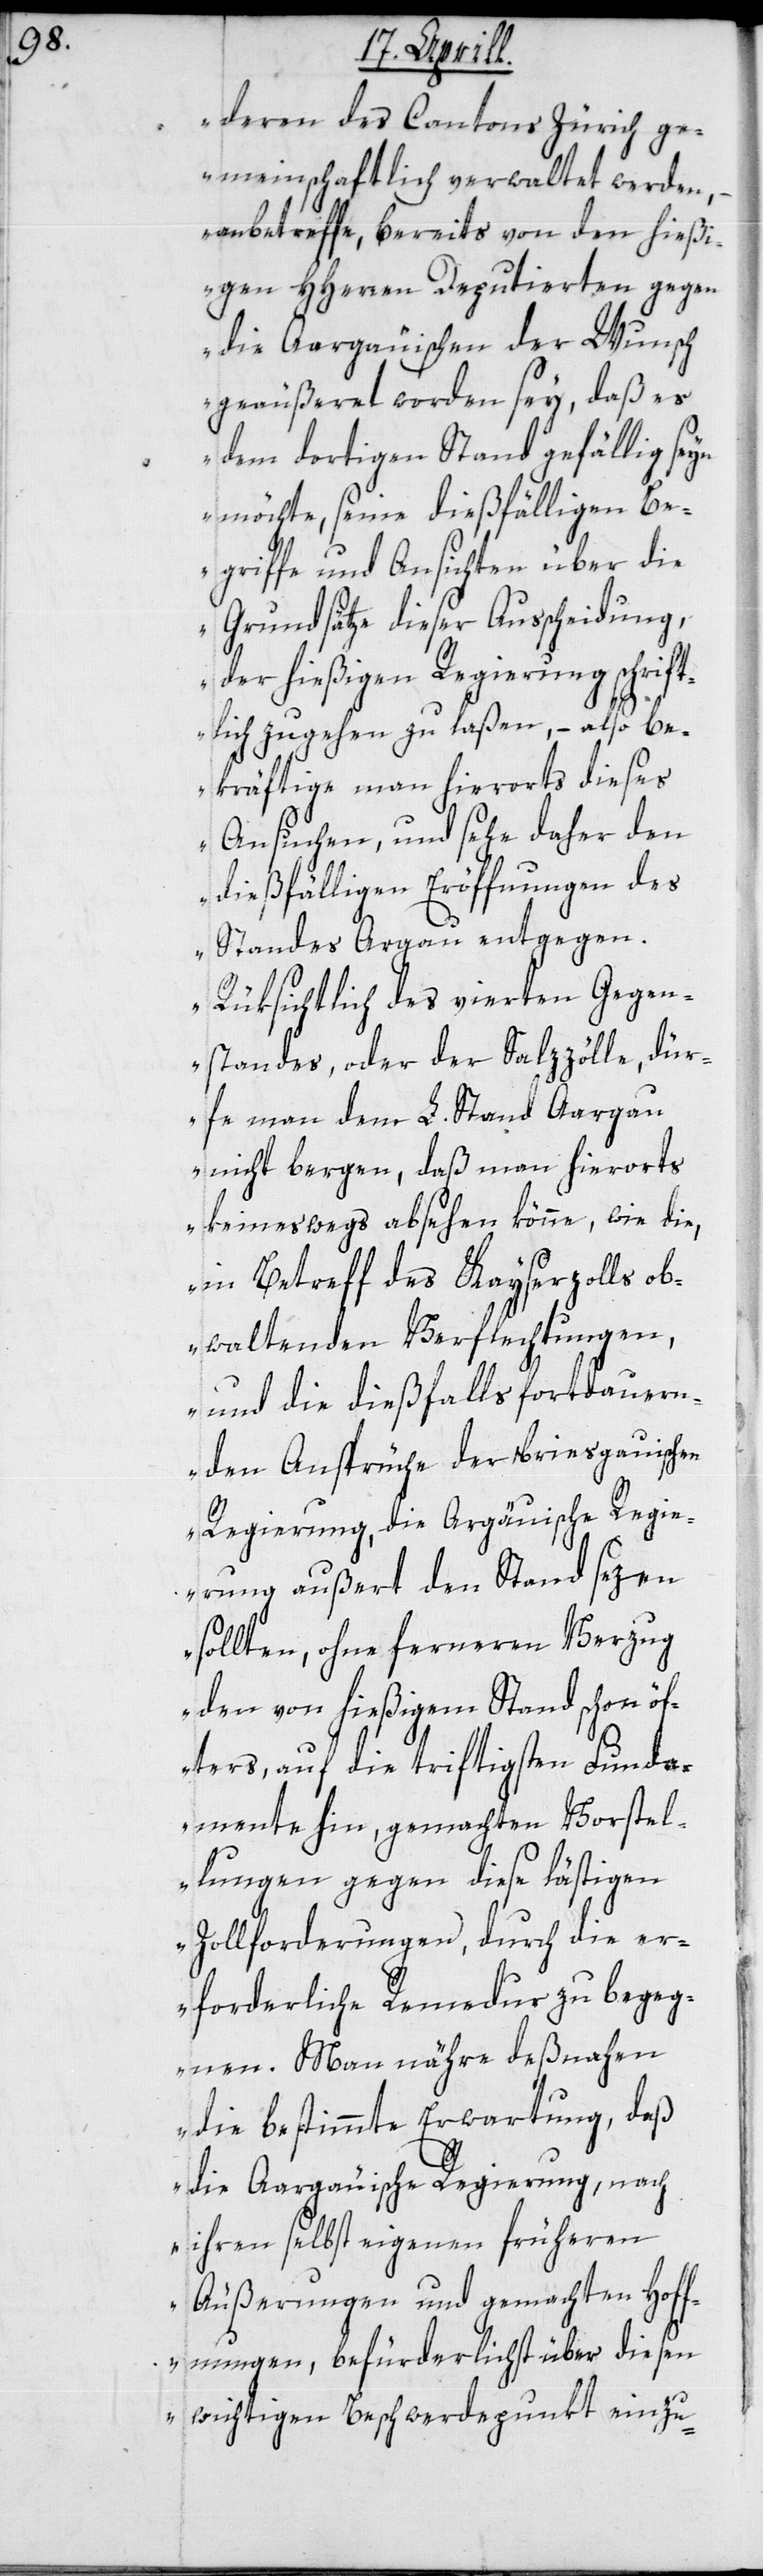
deren des Cantons Zürich ge¬
meinschaftlich verwaltet werden, –
anbetreffe, bereits von den hießi¬
gen HHerren Deputierten gegen
die Aargauischen den Wunsch
geäußert worden sey, daß es
dem dortigen Stand gefällig seyn
möchte, seine dießfälligen Be¬
griffe und Ansichten über die
Grundsätze dieser Ausscheidung,
der hießigen Regierung schrift¬
lich zugehen zu laßen, – also be¬
kräftige man hierorts dieses
Ansuchen, und sehe daher den
dießfälligen Eröffnungen des
Standes Argau entgegen.
Rüksichtlich des vierten Gegen¬
standes, oder der Salzzölle, dür¬
fe man dem L. Stand Aargau
nicht bergen, daß man hierorts
keineswegs absehen könne, wie die,
in Betreff des Kayserzolls ob¬
waltenden Verflechtungen,
und die dießfalls fortdauern¬
den Ansprüche der briesgauischen
Regierung, die Argäuische Regie¬
rung außert den Stand sezen
sollten, ohne ferneren Verzug
den von hießigem Stand schon öf¬
ters, auf die triftigsten Funda¬
mente hin, gemachten Vorstel¬
lungen gegen diese lästigen
Zollforderungen, durch die er¬
forderliche Remedur zu begeg¬
nen. Man nähre deßnahen
die bestimmte Erwartung, daß
die Aargauische Regierung, nach
ihren selbst eigenen früheren
Äußerungen und gemachten Hoff¬
nungen, befürderlichst über diesen
wichtigen Beschwerdepunkt einzu-